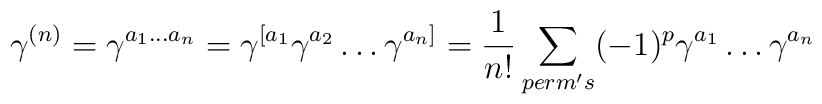
\gamma^{(n)}=\gamma^{a_1\ldots a_n}=\gamma^{[a_1}\gamma^{a_2}\ldots\gamma^{a_n]}=\frac{1}{n!}\sum_{perm's}(-1)^p\gamma^{a_1}\ldots\gamma^{a_n}